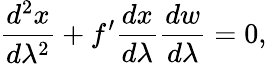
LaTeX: \frac{d^{2}x}{d\lambda^{2}}+f^{\prime}\frac{dx}{d\lambda}\frac{dw}{d\lambda}=0,